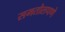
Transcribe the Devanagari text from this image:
समतोलपणे